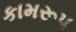
કામરૂપ